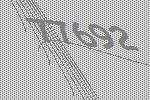
77692